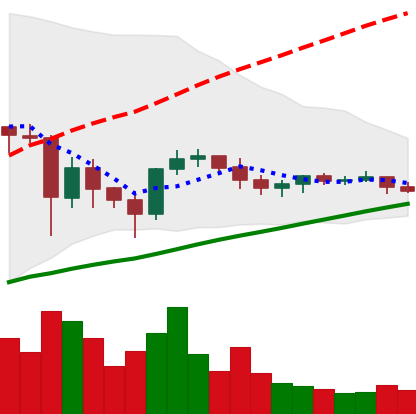
Ticker: ETC-USD
Chart end date: 2021-06-05
Forward return: -8.231%
Label: down_7plus